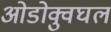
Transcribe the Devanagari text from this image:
ओडोक्वुघल